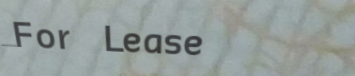
For Lease